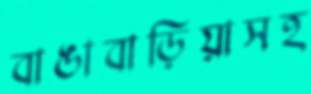
বাঙাবাড়িয়াসহ